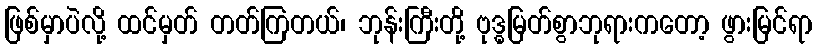
ဖြစ်မှာပဲလို့ ထင်မှတ် တတ်ကြတယ်၊ ဘုန်းကြီးတို့ ဗုဒ္ဓမြတ်စွာဘုရားကတော့ ဖွားမြင်ရာ